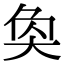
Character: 奂